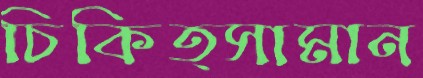
চিকিত্সামান